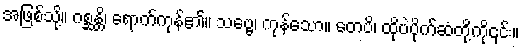
အဖြစ်သို့။ ဂစ္ဆန္တိ၊ ရောက်ကုန်၏။ သဗ္ဗေ၊ ကုန်သော။ တေပိ၊ ထိုပဲပိုက်ဆံတို့ကို၎င်း။